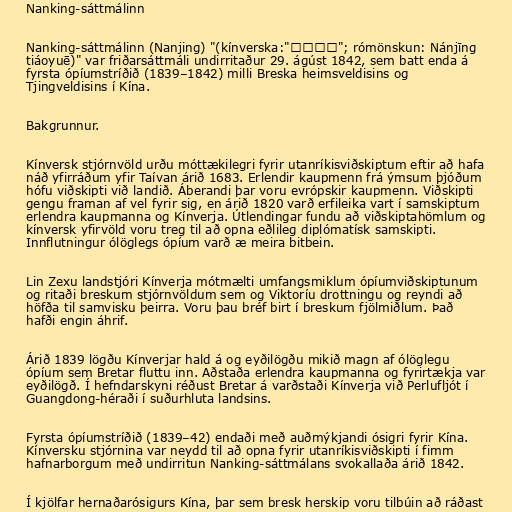
Nanking-sáttmálinn

Nanking-sáttmálinn (Nanjing) "(kínverska:"南京條約"; rómönskun: Nánjīng
tiáoyuē)" var friðarsáttmáli undirritaður 29. ágúst 1842, sem batt enda á
fyrsta ópíumstríðið (1839–1842) milli Breska heimsveldisins og
Tjingveldisins í Kína.

Bakgrunnur.

Kínversk stjórnvöld urðu móttækilegri fyrir utanríkisviðskiptum eftir að hafa
náð yfirráðum yfir Taívan árið 1683. Erlendir kaupmenn frá ýmsum þjóðum
hófu viðskipti við landið. Áberandi þar voru evrópskir kaupmenn. Viðskipti
gengu framan af vel fyrir sig, en árið 1820 varð erfileika vart í samskiptum
erlendra kaupmanna og Kínverja. Útlendingar fundu að viðskiptahömlum og
kínversk yfirvöld voru treg til að opna eðlileg diplómatísk samskipti.
Innflutningur ólöglegs ópíum varð æ meira bitbein.

Lin Zexu landstjóri Kínverja mótmælti umfangsmiklum ópíumviðskiptunum
og ritaði breskum stjórnvöldum sem og Viktoríu drottningu og reyndi að
höfða til samvisku þeirra. Voru þau bréf birt í breskum fjölmiðlum. Það
hafði engin áhrif.

Árið 1839 lögðu Kínverjar hald á og eyðilögðu mikið magn af ólöglegu
ópíum sem Bretar fluttu inn. Aðstaða erlendra kaupmanna og fyrirtækja var
eyðilögð. Í hefndarskyni réðust Bretar á varðstaði Kínverja við Perlufljót í
Guangdong-héraði í suðurhluta landsins.

Fyrsta ópíumstríðið (1839–42) endaði með auðmýkjandi ósigri fyrir Kína.
Kínversku stjórnina var neydd til að opna fyrir utanríkisviðskipti í fimm
hafnarborgum með undirritun Nanking-sáttmálans svokallaða árið 1842.

Í kjölfar hernaðarósigurs Kína, þar sem bresk herskip voru tilbúin að ráðast